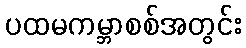
ပထမကမ္ဘာစစ်အတွင်း